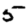
Digit: 5